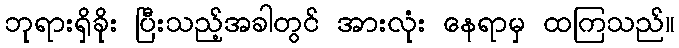
ဘုရားရှိခိုး ပြီးသည့်အခါတွင် အားလုံး နေရာမှ ထကြသည်။